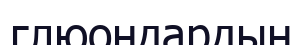
глюондардың